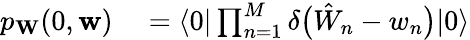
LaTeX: \begin{array}{rl}{p_{\mathbf{W}}(0,\mathbf{w})}&{{}=\langle 0|\prod_{n=1}^{M}\delta\bigl(\hat{W}_{n}-w_{n}\bigr)|0\rangle}\end{array}